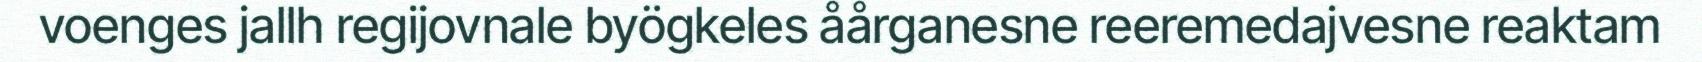
voenges jallh regijovnale byögkeles åårganesne reeremedajvesne reaktam